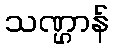
သဏ္ဌာန်